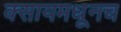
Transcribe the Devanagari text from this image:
क्सायमधूनच